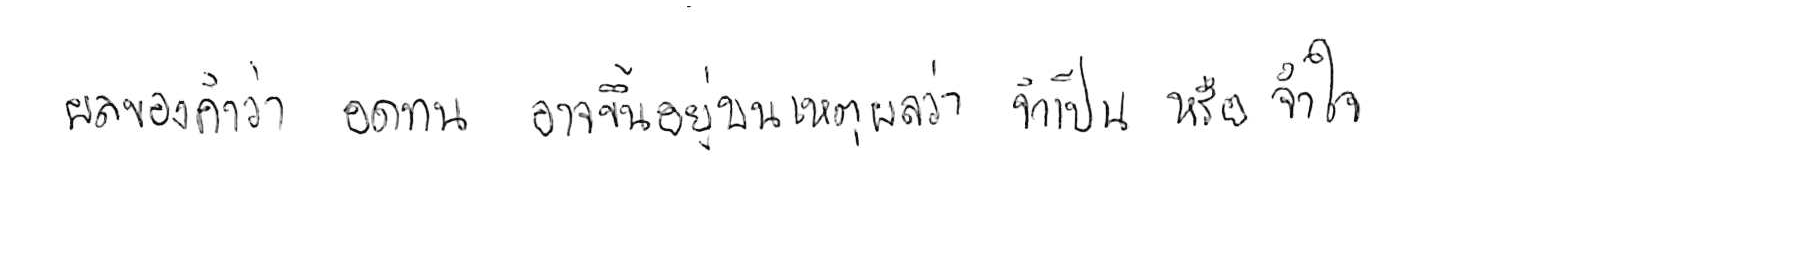
ผลของคำว่า อดทน อาจขึ้นอยู่บนเหตุผลว่า จำเป็น หรือ จำใจ